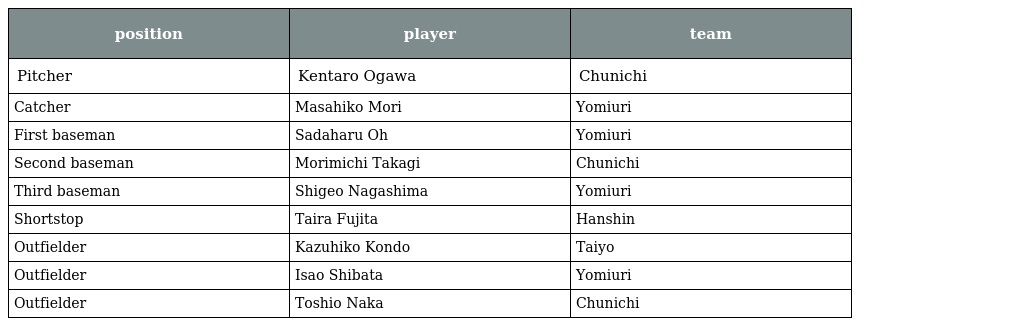
| position | player | team |
 | --- | --- | --- |
 | Pitcher | Kentaro Ogawa | Chunichi |
 | Catcher | Masahiko Mori | Yomiuri |
 | First baseman | Sadaharu Oh | Yomiuri |
 | Second baseman | Morimichi Takagi | Chunichi |
 | Third baseman | Shigeo Nagashima | Yomiuri |
 | Shortstop | Taira Fujita | Hanshin |
 | Outfielder | Kazuhiko Kondo | Taiyo |
 | Outfielder | Isao Shibata | Yomiuri |
 | Outfielder | Toshio Naka | Chunichi |